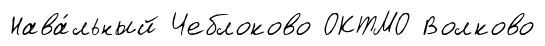
Нава́льный Чеблоково ОКТМО Волково